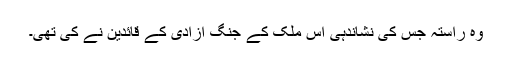
وہ راستہ جس کی نشاندہی اس ملک کے جنگ آزادی کے قائدین نے کی تھی۔